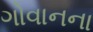
ગોવાનના